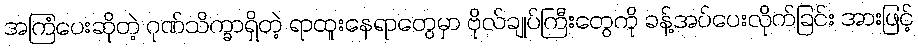
အကြံပေးဆိုတဲ့ ဂုဏ်သိက္ခာရှိတဲ့ ရာထူးနေရာတွေမှာ ဗိုလ်ချုပ်ကြီးတွေကို ခန့်အပ်ပေးလိုက်ခြင်း အားဖြင့်